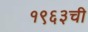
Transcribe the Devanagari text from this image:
१९६३ची